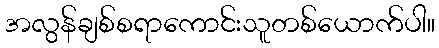
အလွန်ချစ်စရာကောင်းသူတစ်ယောက်ပါ။